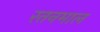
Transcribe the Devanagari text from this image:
रतनमाल